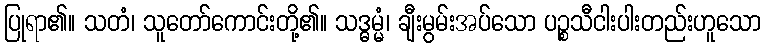
ပြုရာ၏။ သတံ၊ သူတော်ကောင်းတို့၏။ သဒ္ဓမ္မံ၊ ချီးမွမ်းအပ်သော ပဉ္စသီငါးပါးတည်းဟူသော